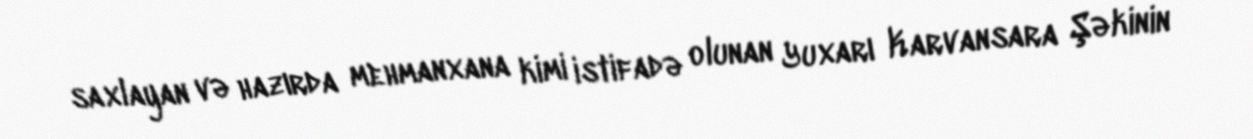
saxlayan və hazırda mehmanxana kimi istifadə olunan Yuxarı Karvansara Şəkinin